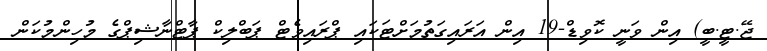
ޖޭ.ޓީ.ބީ) އިން ވަނީ ކޮވިޑް-19 އިން އަރައިގަތުމަށްޓަކައި ޕްރައިވެޓް ޕަބްލިކް ޕާޓްނާޝިޕްގެ މުހިންމުކަން